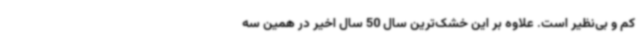
کم و بی‌نظیر است. علاوه بر این خشک‌ترین سال 50 سال اخیر در همین سه